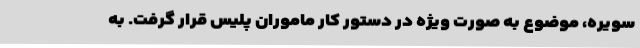
سویره، موضوع به صورت ویژه در دستور کار ماموران پلیس قرار گرفت. به